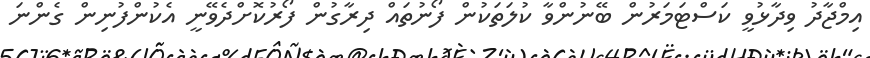
އިމްޖާދު ވިދާޅުވީ ކަސްޓަމަރުން ބޭނުންވާ ކުލަތަކުން ފޯނުތައް ދިރާގުން ފޯރުކޮށްދެވޭނީ އެކުންފުނިން ގެންނަ